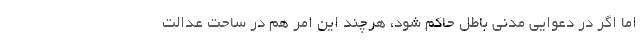
اما اگر در دعوایی مدنی باطل حاکم شود، هرچند این امر هم در ساحت عدالت